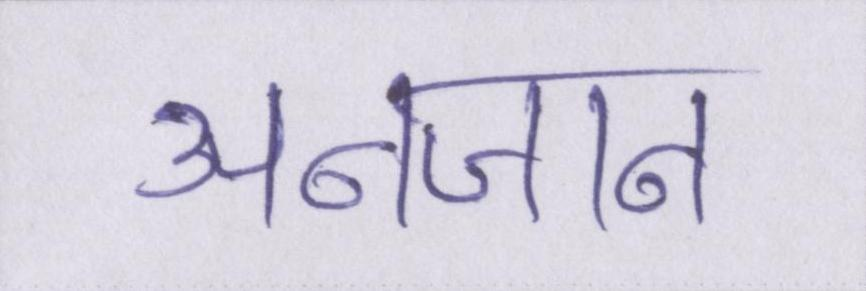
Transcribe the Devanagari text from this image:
अनजान